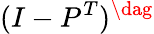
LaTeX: (I-P^{T})^{\dag}